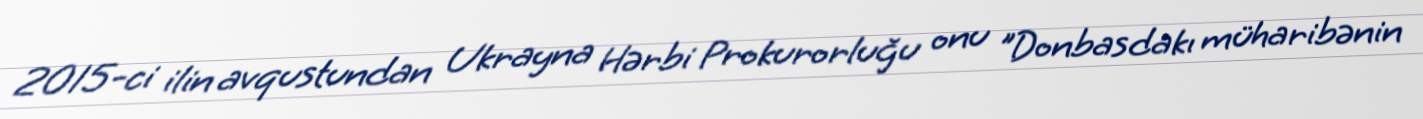
2015-ci ilin avqustundan Ukrayna Hərbi Prokurorluğu onu "Donbasdakı müharibənin